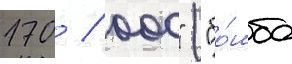
170 / 000" ("бо́мба